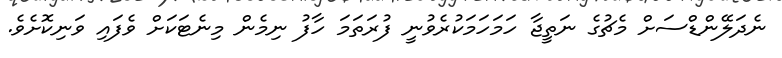
ނެދަލޭންޑްސަށް މެޗުގެ ނަތީޖާ ހަމަހަމަކުރެވުނީ ފުރަތަމަ ހާފު ނިމެން މިނެޓަކަށް ވެފައި ވަނިކޮށެވެ.